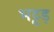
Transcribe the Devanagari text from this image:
भट्टड़